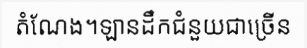
តំណែង។ឡានដឹកជំនួយជាច្រើន